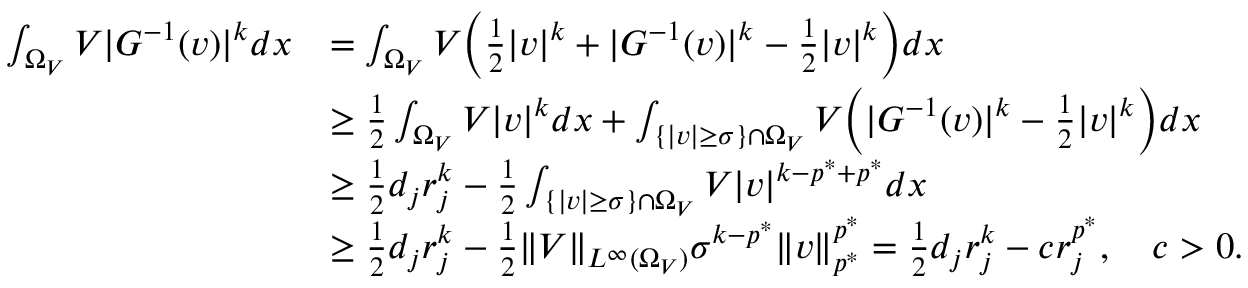
\begin{array} { r l } { \int _ { \Omega _ { V } } V | G ^ { - 1 } ( v ) | ^ { k } d x } & { = \int _ { \Omega _ { V } } V \biggl ( \frac 1 2 | v | ^ { k } + | G ^ { - 1 } ( v ) | ^ { k } - \frac 1 2 | v | ^ { k } \biggr ) d x } \\ & { \ge \frac 1 2 \int _ { \Omega _ { V } } V | v | ^ { k } d x + \int _ { \{ | v | \ge \sigma \} \cap \Omega _ { V } } V \biggl ( | G ^ { - 1 } ( v ) | ^ { k } - \frac 1 2 | v | ^ { k } \biggr ) d x } \\ & { \ge \frac { 1 } { 2 } d _ { j } r _ { j } ^ { k } - \frac 1 2 \int _ { \{ | v | \ge \sigma \} \cap \Omega _ { V } } V | v | ^ { k - p ^ { * } + p ^ { * } } d x } \\ & { \ge \frac 1 2 d _ { j } r _ { j } ^ { k } - \frac 1 2 \| V \| _ { L ^ { \infty } ( \Omega _ { V } ) } \sigma ^ { k - p ^ { * } } \| v \| _ { p ^ { * } } ^ { p ^ { * } } = \frac 1 2 d _ { j } r _ { j } ^ { k } - c r _ { j } ^ { p ^ { * } } , \quad c > 0 . } \end{array}